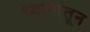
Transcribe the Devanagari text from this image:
ध्यानांतून